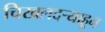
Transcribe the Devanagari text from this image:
चिखलदर्‍याहून